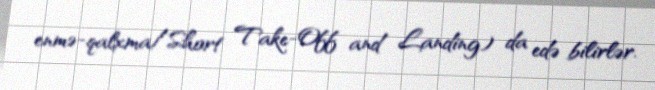
enmə-qalxma/Short Take-Off and Landing) da edə bilirlər.